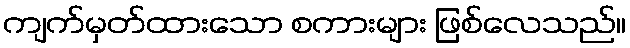
ကျက်မှတ်ထားသော စကားများ ဖြစ်လေသည်။